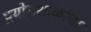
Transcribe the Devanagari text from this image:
प्रयोगशाळांचा